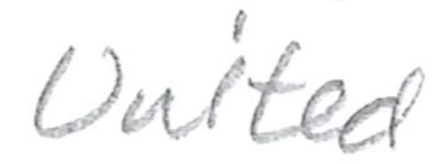
Text: United
Cross-out: clean
Writing tool: pencil